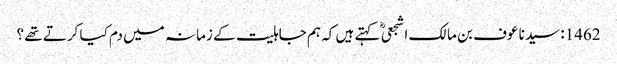
1462: سیدنا عوف بن مالک اشجعیؓ کہتے ہیں کہ ہم جاہلیت کے زمانہ میں دم کیا کرتے تھے ؟